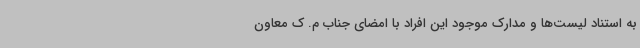
به استناد لیست‌ها و مدارک موجود این افراد با امضای جناب م. ک معاون